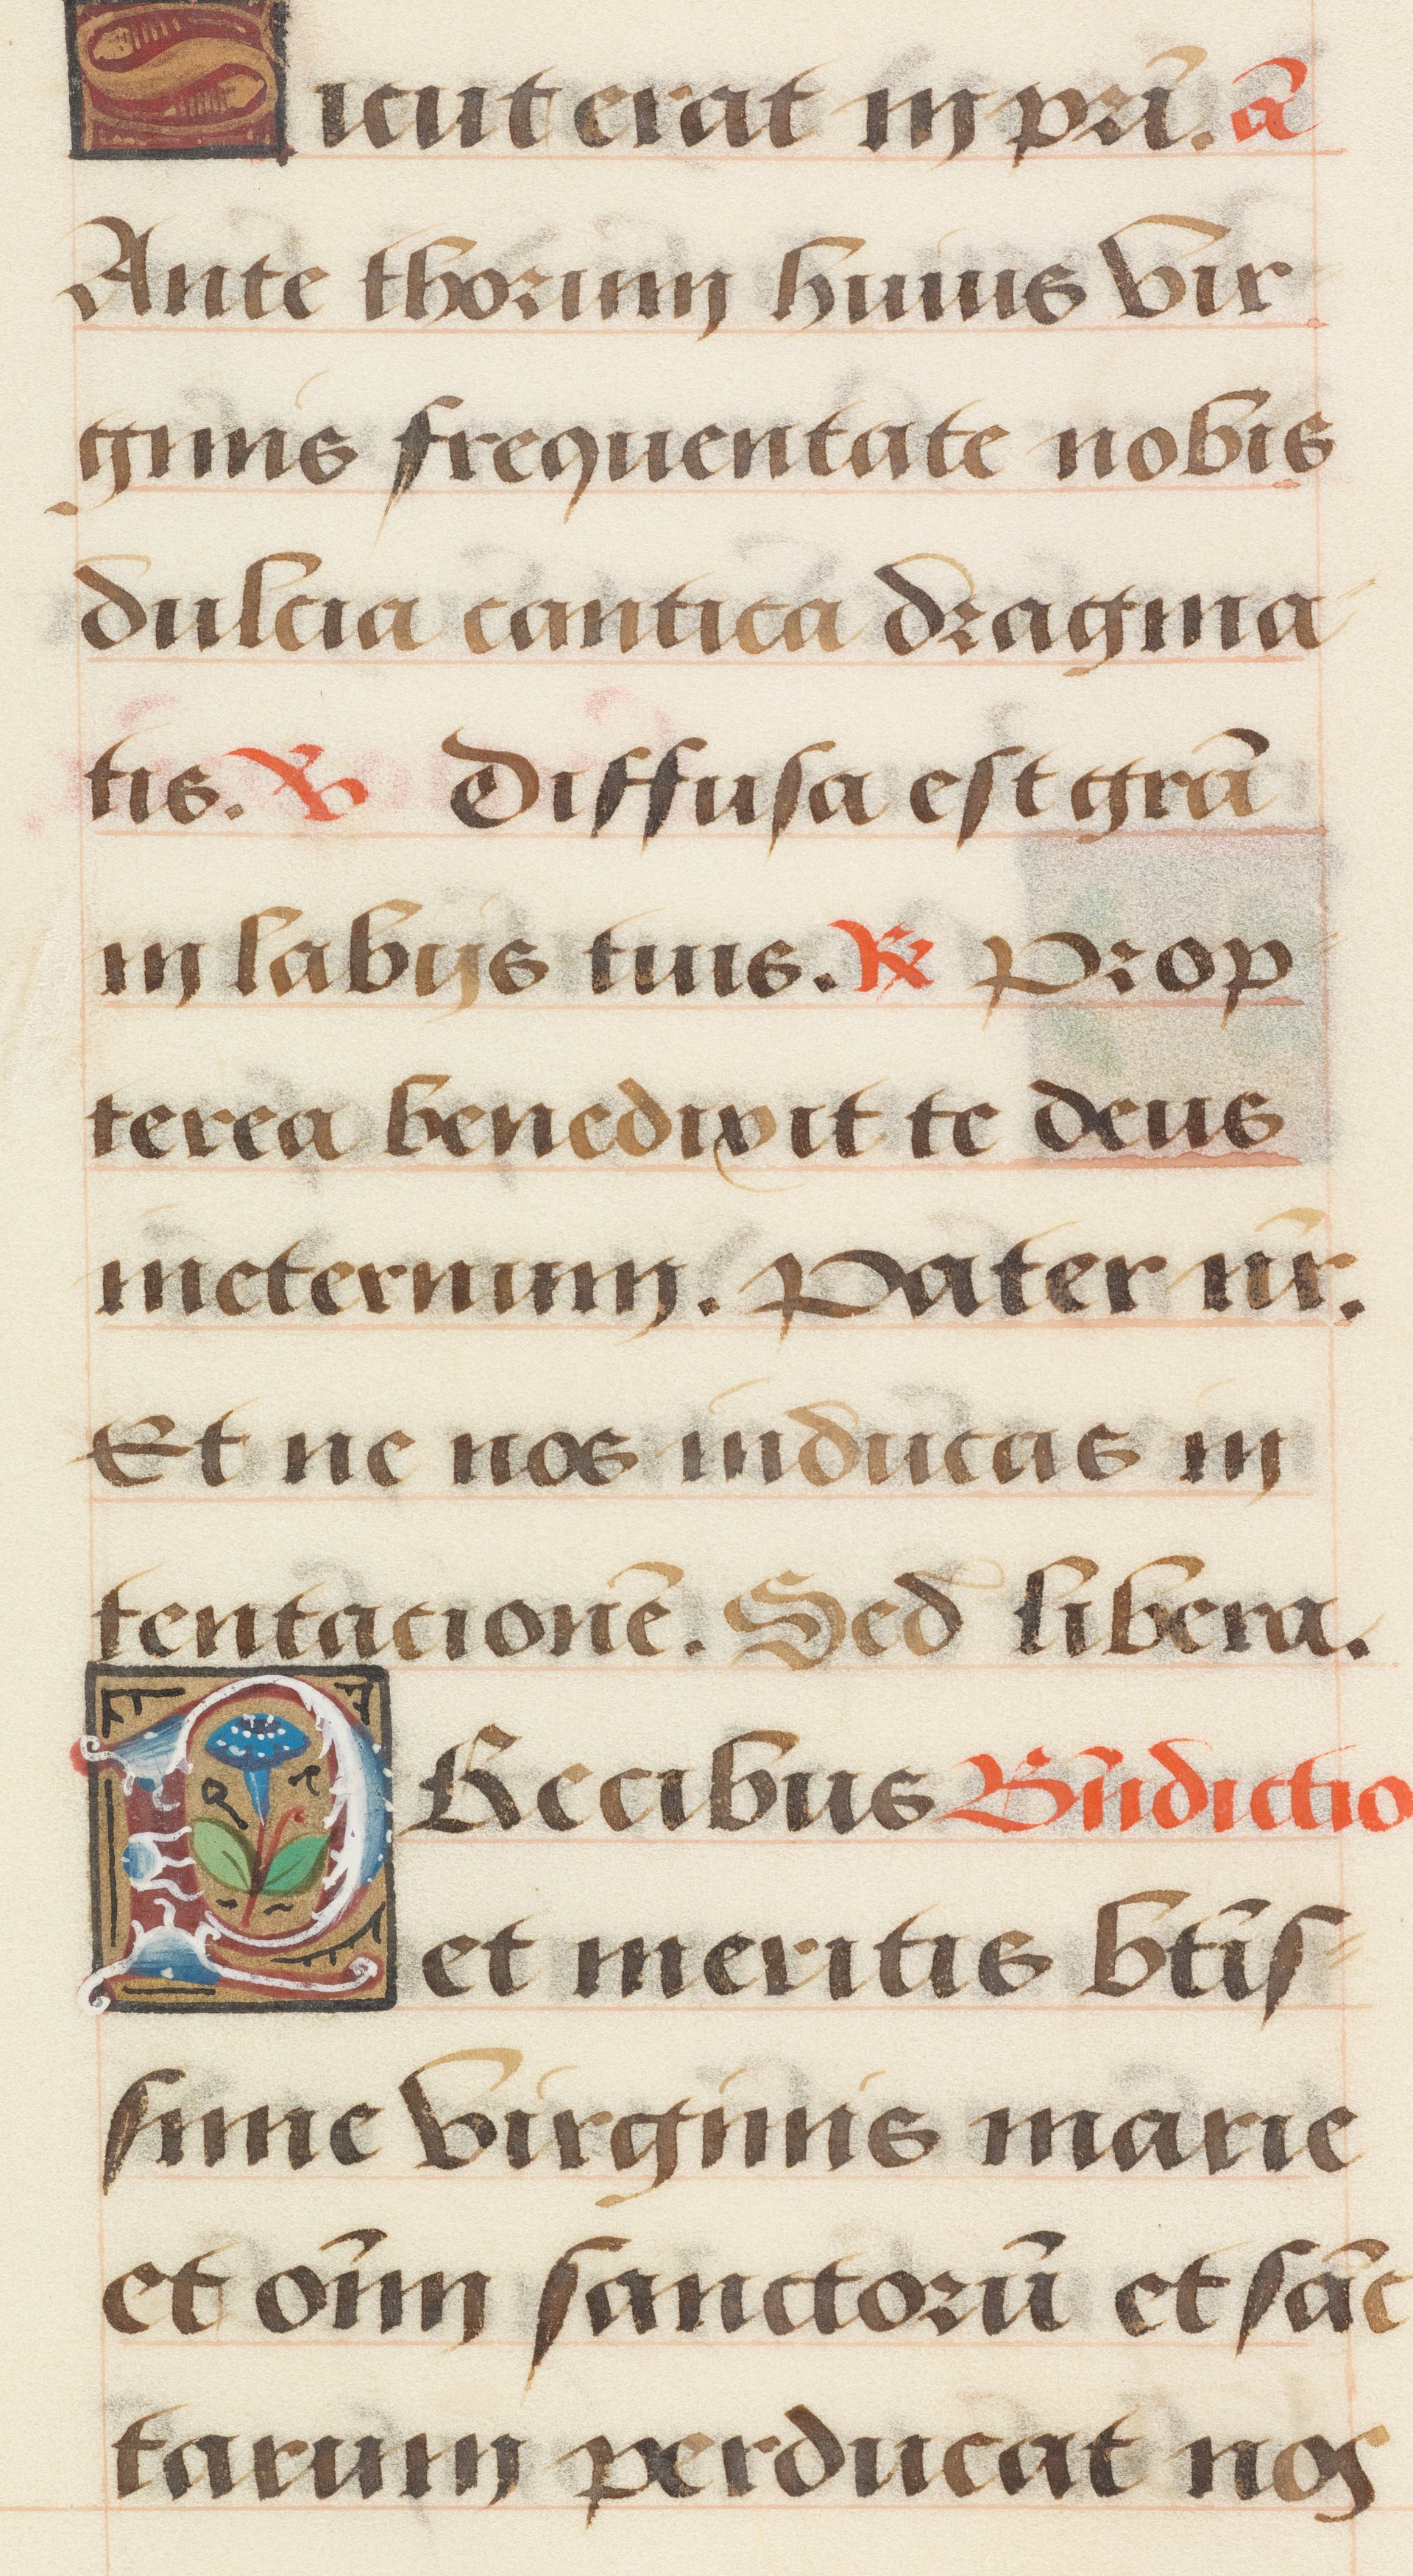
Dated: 1485–1525